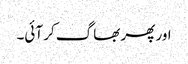
اور پھر بھاگ کر آئی۔